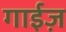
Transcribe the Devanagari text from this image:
गाईज़